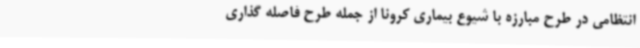
انتظامی در طرح مبارزه با شیوع بیماری کرونا از جمله طرح فاصله گذاری